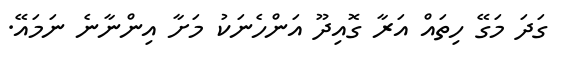
ގަދަ މަގޭ ހިތައް އަރާ ގޮއިދޫ އަންހެނަކު މަށާ އިންނާނެ ނަމައޭ.